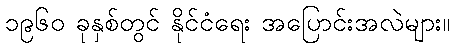
၁၉၆၀ ခုနှစ်တွင် နိုင်ငံရေး အပြောင်းအလဲများ။